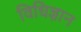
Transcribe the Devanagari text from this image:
विधिज्ञान